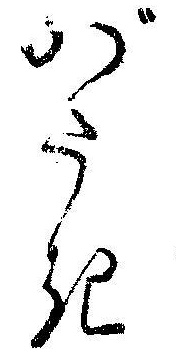
がたき